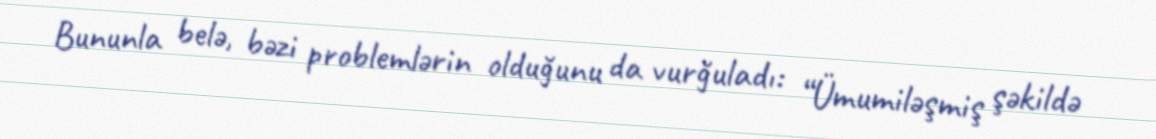
Bununla belə, bəzi problemlərin olduğunu da vurğuladı: “Ümumiləşmiş şəkildə